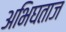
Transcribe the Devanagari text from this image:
अभिघताज